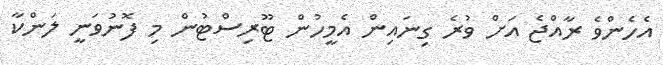
އެހެންވެ ރާއްޖެ އަށް ވުރެ ގިނައިން އެމީހުން ޓޫރިސްޓުން މި ފޮނުވަނީ ލަންކާ